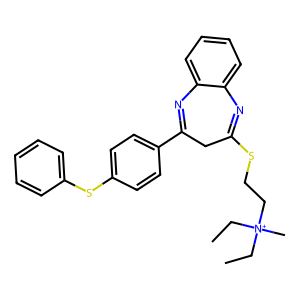
SMILES: CC[N+](C)(CC)CCSC1=Nc2ccccc2N=C(c2ccc(Sc3ccccc3)cc2)C1
Inhibits HIV replication: No